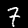
Label: 7